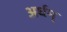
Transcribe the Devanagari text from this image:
अर्धम्